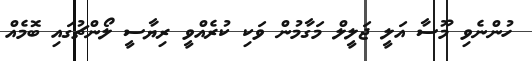
ހުންނެވި މޫސާ އަލީ ޖަލީލް މަގާމުން ވަކި ކުރެއްވީ ރިޔާސީ ލޯންޗުގައި ބޮމެއް